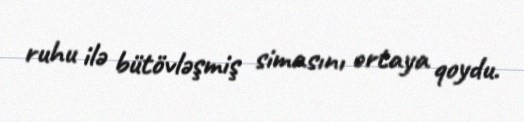
ruhu ilə bütövləşmiş simasını ortaya qoydu.